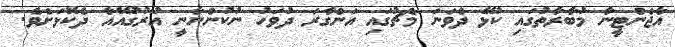
އާޖެންޓީނާ މުބާރާތުގައި ކުޅޭ ދެވަނަ މެޗުގައި އަންގާރަ ދުވަހު ނުކުންނާނީ އުރުގުއޭއާ ދެކޮޅަށެވެ.